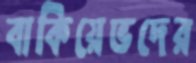
বাকিয়েভদের